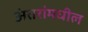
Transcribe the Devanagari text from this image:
अंतरांमधील